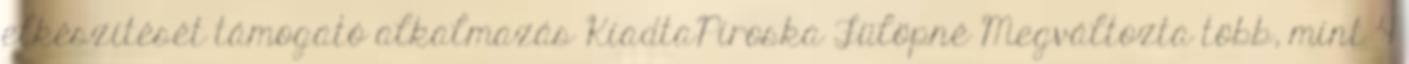
elkészítését támogató alkalmazás KiadtaPiroska Fülöpné Megváltozta több, mint 4